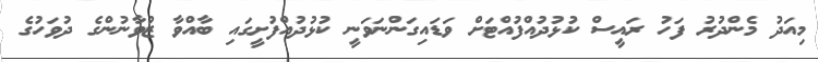
މިއަދު މެންދުރު ފަހު ރައީސް ކުޅުދުއްފުއްޓަށް ވަޑައިގަންނަވަނީ ކުޅުދުއްފުށީގައި ބާއްވާ ޒުވާނުންގެ ދުވަހުގެ